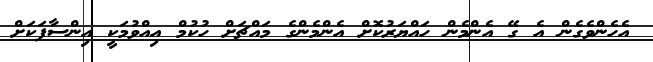
އެހެންވެގެން އެ ގޭ އެންމެން ހައްޔަރުކޮށް އެންމެންގެ މައްޗަށް ހުކުމް އިއްވުމަކީ އިންސާފަކަށް